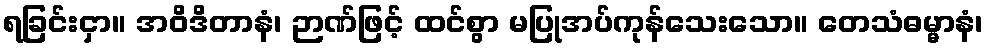
ရခြင်းငှာ။ အဝိဒိတာနံ၊ ဉာဏ်ဖြင့် ထင်စွာ မပြုအပ်ကုန်သေးသော။ တေသံဓမ္မာနံ၊